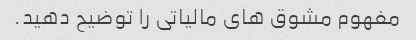
مفهوم مشوق های مالیاتی را توضیح دهید.